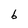
Character: b